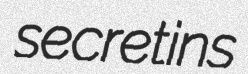
secretins